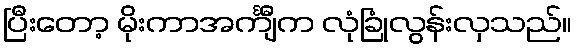
ပြီးတော့ မိုးကာအင်္ကျီက လုံခြုံလွန်းလှသည်။